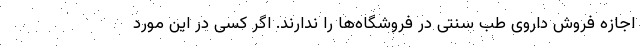
اجازه فروش داروی طب سنتی در فروشگاه‌ها را ندارند. اگر کسی در این مورد